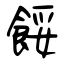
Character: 餒